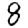
Digit: 8